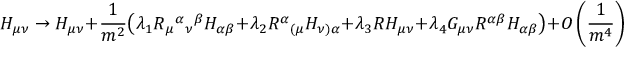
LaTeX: H _ { \mu \nu } \rightarrow H _ { \mu \nu } + \frac { 1 } { m ^ { 2 } } \bigl ( \lambda _ { 1 } R _ { \mu } { } ^ { \alpha } { } _ { \nu } { } ^ { \beta } H _ { \alpha \beta } + \lambda _ { 2 } R ^ { \alpha } { } _ { ( \mu } H _ { \nu ) \alpha } + \lambda _ { 3 } R H _ { \mu \nu } + \lambda _ { 4 } G _ { \mu \nu } R ^ { \alpha \beta } H _ { \alpha \beta } \bigr ) + O \left( \frac { 1 } { m ^ { 4 } } \right)